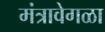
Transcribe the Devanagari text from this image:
मंत्रावेगळा